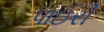
પાઈરી